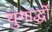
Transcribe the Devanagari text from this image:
युगार्द्धों